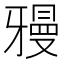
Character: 𱭧